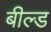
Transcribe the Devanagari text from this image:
बील्ड